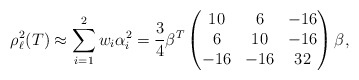
\begin{align*} \rho_\ell^2(T) \approx \sum_{i=1}^2 w_i \alpha_i^2 = \frac34 \beta^T \begin{pmatrix} 10 & 6 & -16 \\ 6 & 10 & -16 \\ -16 & -16 & 32 \end{pmatrix} \beta,\end{align*}